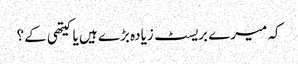
کہ میرے بریسٹ زیادہ بڑے ہیں یا کیتھی کے؟